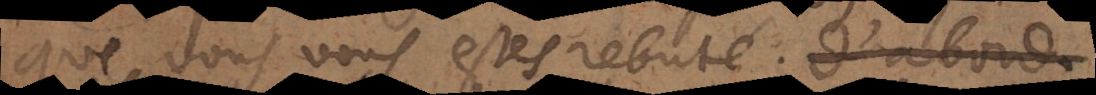
que vous vous estes rebuté. D’abord